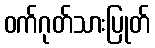
ဝက်ဂုတ်သားပြုတ်